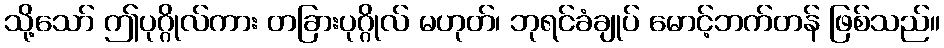
သို့သော် ဤပုဂ္ဂိုလ်ကား တခြားပုဂ္ဂိုလ် မဟုတ်၊ ဘုရင်ခံချုပ် မောင့်ဘက်တန် ဖြစ်သည်။